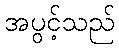
အပွင့်သည်